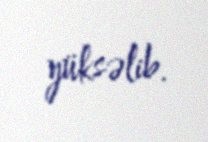
yüksəlib.